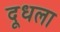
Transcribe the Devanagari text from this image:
दूधला